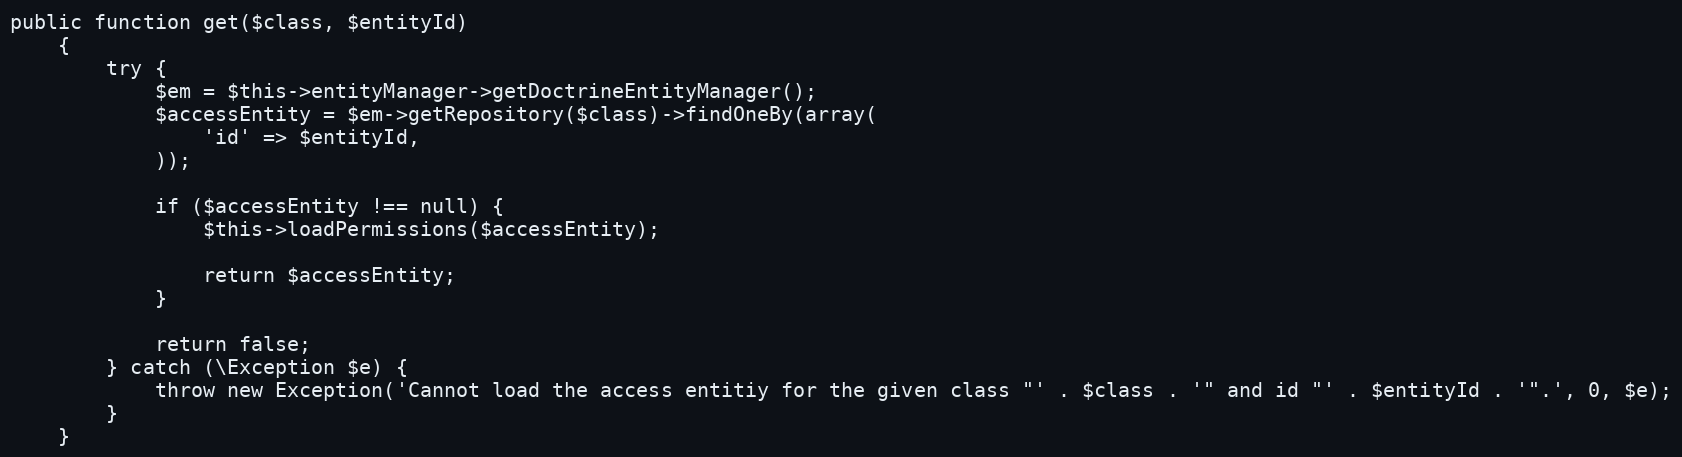
Language: PHP
public function get($class, $entityId)
    {
        try {
            $em = $this->entityManager->getDoctrineEntityManager();
            $accessEntity = $em->getRepository($class)->findOneBy(array(
                'id' => $entityId,
            ));

            if ($accessEntity !== null) {
                $this->loadPermissions($accessEntity);

                return $accessEntity;
            }

            return false;
        } catch (\Exception $e) {
            throw new Exception('Cannot load the access entitiy for the given class "' . $class . '" and id "' . $entityId . '".', 0, $e);
        }
    }